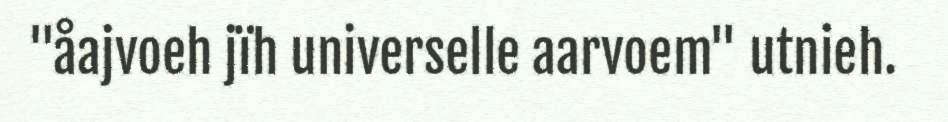
"åajvoeh jïh universelle aarvoem" utnieh.